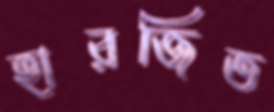
হারজিত